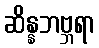
ဆိန္နဘဗ္ဘရာ